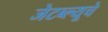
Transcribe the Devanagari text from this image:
जेटब्ल्यूचे